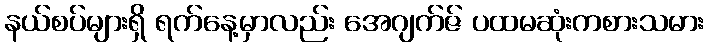
နယ်စပ်များရှိ ရက်နေ့မှာလည်း အေဂျက်ဇ် ပထမဆုံးကစားသမား